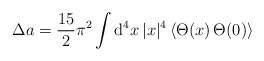
\begin{align*}\Delta a={\frac{15}{2}}\pi ^{2}\int {\rm d}^{4}x\,|x|^{4}\,\langle \Theta(x)\,\Theta (0)\rangle \end{align*}